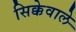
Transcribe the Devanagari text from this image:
सिक्केवाले